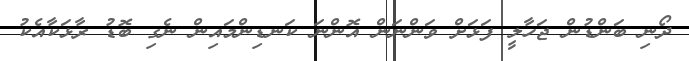
ދޯނި ބަންޑުން ޖަހާލީ ފަޅަށް ވަންނަން އޮންނަ ކަނޑިންމައިން ނެގި ބޮޑު ރާޅަކާއެކު